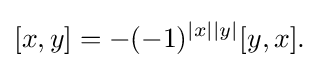
[x,y]=-(-1)^{|x||y|}[y,x].\